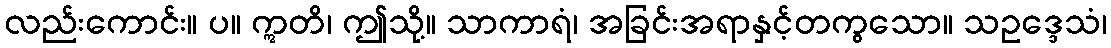
လည်းကောင်း။ ပ။ ဣတိ၊ ဤသို့။ သာကာရံ၊ အခြင်းအရာနှင့်တကွသော။ သဥဒ္ဒေသံ၊